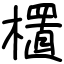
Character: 㯰